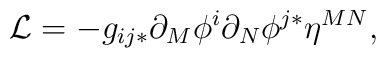
{\cal L}=-g_{ij*}\partial_M \phi^i \partial_N \phi^{j*} \eta^{MN} ,